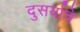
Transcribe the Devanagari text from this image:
दुसर्याचे